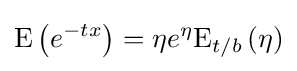
{\text{E}}\left(e^{-tx}\right)=\eta e^{\eta }{\text{E}}_{t/b}\left(\eta \right)